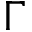
\Gamma